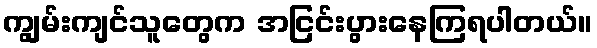
ကျွမ်းကျင်သူတွေက အငြင်းပွားနေကြရပါတယ်။